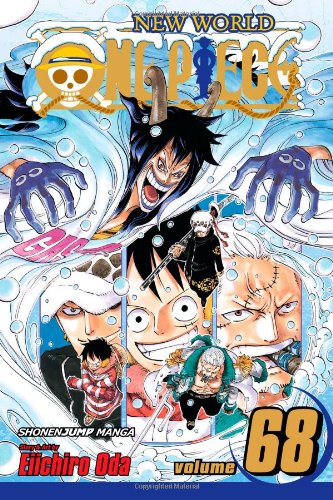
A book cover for One Piece, Vol. 68; Eiichiro Oda; Teen & Young Adult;